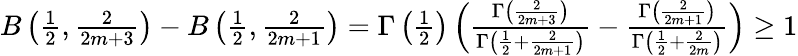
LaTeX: \begin{array}{r}{B\left(\frac{1}{2},\frac{2}{2m+3}\right)-B\left(\frac{1}{2},\frac{2}{2m+1}\right)=\Gamma\left(\frac{1}{2}\right)\left(\frac{\Gamma\left(\frac{2}{2m+3}\right)}{\Gamma\left(\frac{1}{2}+\frac{2}{2m+1}\right)}-\frac{\Gamma\left(\frac{2}{2m+1}\right)}{\Gamma\left(\frac{1}{2}+\frac{2}{2m}\right)}\right)\geq 1}\end{array}